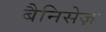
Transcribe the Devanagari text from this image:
बैनिसेज़